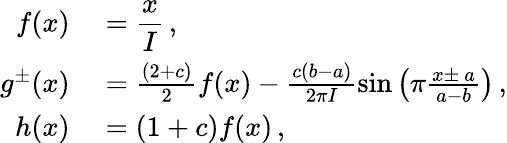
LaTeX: \begin{array}{rl}{f(x)}&{{}=\displaystyle{\frac{x}{I}}\, ,}\\ {g^{\pm}(x)}&{{}=\frac{\left(2+c\right)}{2}f(x)-\frac{c\left(b-a\right)}{2\pi I}\sin\left(\pi\frac{x\pm\ a}{a-b}\right)\, ,}\\ {h(x)}&{{}=\left(1+c\right)f(x)\, ,}\end{array}